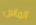
الماس